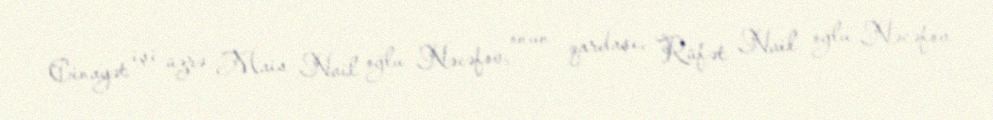
Cinayət işi üzrə Mais Nail oğlu Nəcəfov, onun qardaşı, Rüfət Nail oğlu Nəcəfov